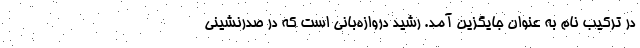
در ترکیب نام به عنوان جایگزین آمد. رشید دروازه‌بانی است که در صدرنشینی